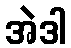
အဲဒါ